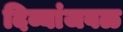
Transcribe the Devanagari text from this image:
दिव्यांजवळ